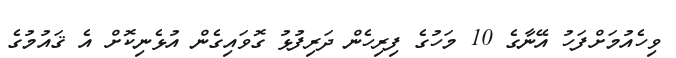
ވިހެއުމަށްފަހު އޭނާގެ 10 މަހުގެ ފިރިހެން ދަރިފުޅު ގޮވައިގެން އުޅެނިކޮށް އެ ޤައުމުގެ